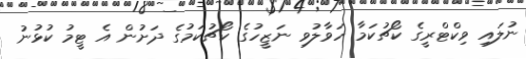
ނުލައި ވިކްޓްރީގެ ކޯޗުކަމާ ހަވާލުވި ނަޒީހުގެ ކޯޗުކަމުގެ ދަށުން އެ ޓީމު ކުޅުނު